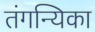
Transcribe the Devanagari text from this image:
तंगन्यिका